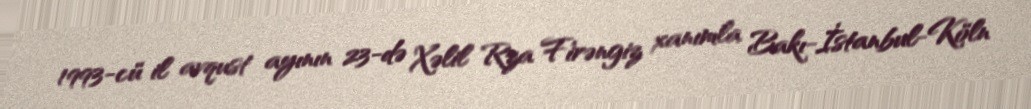
1993-cü il avqust ayının 23-də Xəlil Rza Firəngiz xanımla Bakı-İstanbul-Köln